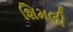
શિમલી